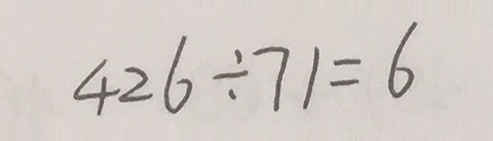
4 2 6 \div 7 1 = 6